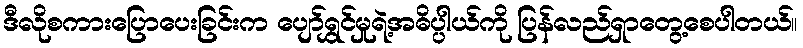
ဒီလိုစကားပြောပေးခြင်းက ပျော်ရွှင်မှုရဲ့အဓိပ္ပါယ်ကို ပြန်လည်ရှာတွေ့စေပါတယ်။